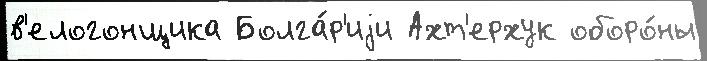
в'елогонщика Болга́р'иjи Ахт'ерхук оборо́ны